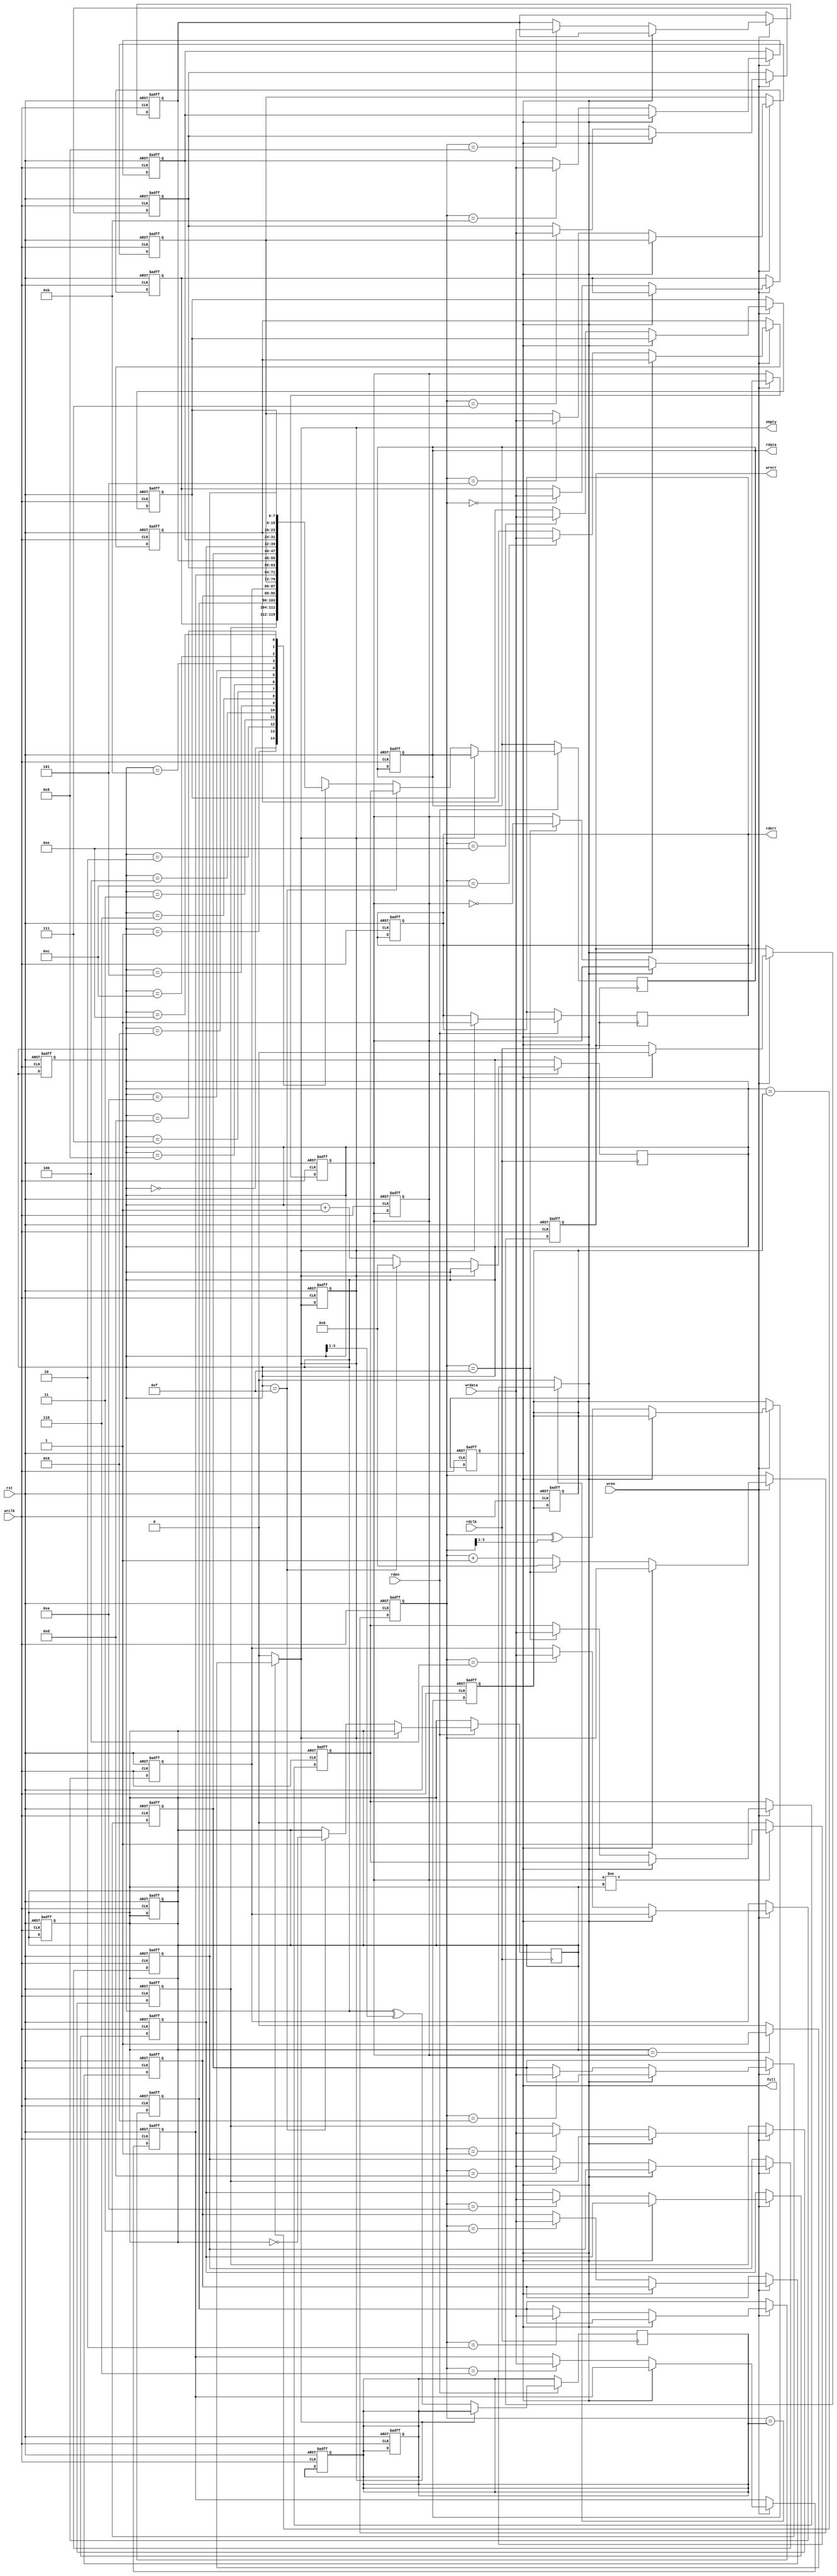
module asyncfifo(
    input wrclk,
    input rdclk,
    input [7:0]wrdata,
    input wren,
    input rden,
    input rst,
    output reg[7:0]rdata,
    output reg full,
    output reg empty,
    output reg wrerr,
    output reg rderr
);
reg [7:0]fifo[15:0];
reg [3:0] wrptr;
reg [3:0]rdptr;
reg [3:0]wrptr_rdclk;
reg [3:0]rdptr_wrclk;
reg [3:0]wrptr_gray;
reg [3:0]rdptr_gray;
reg wrtoggle,rdtoggle;
reg wrtoggle_rdclk,rdtoggle_wrclk;
integer i;

always@(posedge wrclk or posedge rst) begin
  if(rst) begin
    wrptr<=0;
    rdptr<=0;
    wrptr_rdclk<=0;
    rdptr_wrclk<=0;
    wrerr<=0;
    rderr<=0;
    full<=0;
    empty<=0;
    rdata<=0;
    wrptr_gray<=0;
    rdptr_gray<=0;
    wrtoggle_rdclk<=0;
    wrtoggle<=0;
    rdtoggle<=0;
    rdtoggle_wrclk<=0;
    for(i=0;i<16;i=i+1) begin
      fifo[i]<=0;
    end
  end
  else begin
    if(wren==1) begin
      if(full) begin
        wrerr<=0;
      end
      else begin
        if(wrptr==15) begin
          fifo[wrptr]<=wrdata;
          wrtoggle<=~wrtoggle;
          wrptr<=0;
        end
        else begin
          fifo[wrptr]<=wrdata;
          wrptr<=wrptr+1;
        end
        wrptr_gray<=wrptr^(wrptr>>1);
      end
    end
  end
end
always @(posedge rdclk) begin
    if(rden) begin
      if(empty) begin
        rderr<=1;
      end
      else begin
        if(rdptr==15) begin
          rdata<=fifo[rdptr];
          rdtoggle=~rdtoggle;
          rdptr<=0;
        end
        else begin
          rdata<=fifo[rdptr];
          rdptr<=rdptr+1;
        end
        rdptr_gray<=rdptr^(rdptr>>1);
      end
    end 
end
always @(rdclk) begin
    wrptr_rdclk<=wrptr_gray; 
    wrtoggle_rdclk<=wrtoggle;
end

always @(wrclk) begin
    rdptr_wrclk<=rdptr_gray;
    rdtoggle_wrclk<=rdtoggle;  
end

always @(*) begin
    full=0;
    empty=0;
    if(wrptr==rdptr_wrclk) begin
      if(wrtoggle!=rdtoggle_wrclk) begin
        full<=1;
      end
    end
    if(rdptr==wrptr_rdclk) begin
      if(rdtoggle==wrtoggle_rdclk) begin
        empty<=1;
      end
    end
end



endmodule